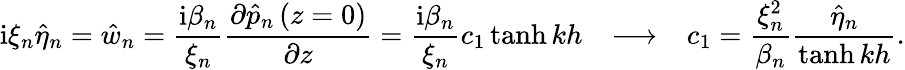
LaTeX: \mathrm{i}\xi_{n}\hat{\eta}_{n}=\hat{w}_{n}=\frac{\mathrm{i}\beta_{n}}{\xi_{n}}\frac{\partial\hat{p}_{n}\left(z=0\right)}{\partial z}=\frac{\mathrm{i}\beta_{n}}{\xi_{n}}c_{1}\operatorname{tanh}{kh}\ \ \ \longrightarrow\ \ \ c_{1}=\frac{\xi_{n}^{2}}{\beta_{n}}\frac{\hat{\eta}_{n}}{\operatorname{tanh}{kh}}.